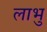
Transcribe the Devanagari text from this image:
लाभु